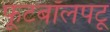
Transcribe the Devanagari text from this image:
फूटबॉलपटू